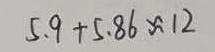
5 . 9 + 5 . 8 6 \approx 1 2